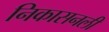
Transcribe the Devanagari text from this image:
निकासनली